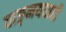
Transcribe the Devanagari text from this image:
वाङ्‌मयातही